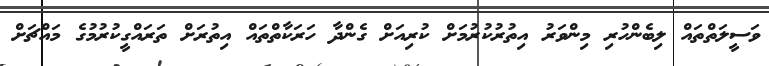
ވަސީލަތްތައް ލިބެންހުރި މިންވަރު އިތުރުކުރުމަށް ކުރިއަށް ގެންދާ ހަރަކާތްތައް އިތުރަށް ތަރައްގީކުރުމުގެ މައްޗަށް